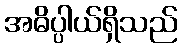
အဓိပ္ပါယ်ရှိသည်